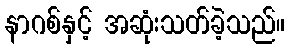
နာဂစ်နှင့် အဆုံးသတ်ခဲ့သည်။